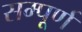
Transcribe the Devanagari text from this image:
सम्पूूूर्ण